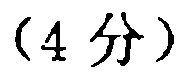
（4 分）